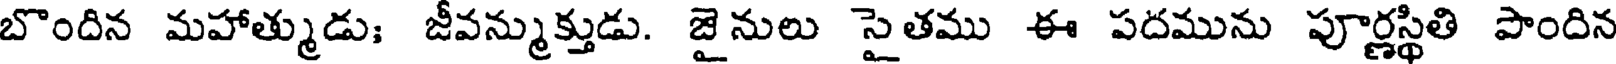
బొందిన మహాత్ముడు; జీవన్ముక్తుడు. జైనులు సైతము ఈ పదమును పూర్ణస్థితి పొందిన